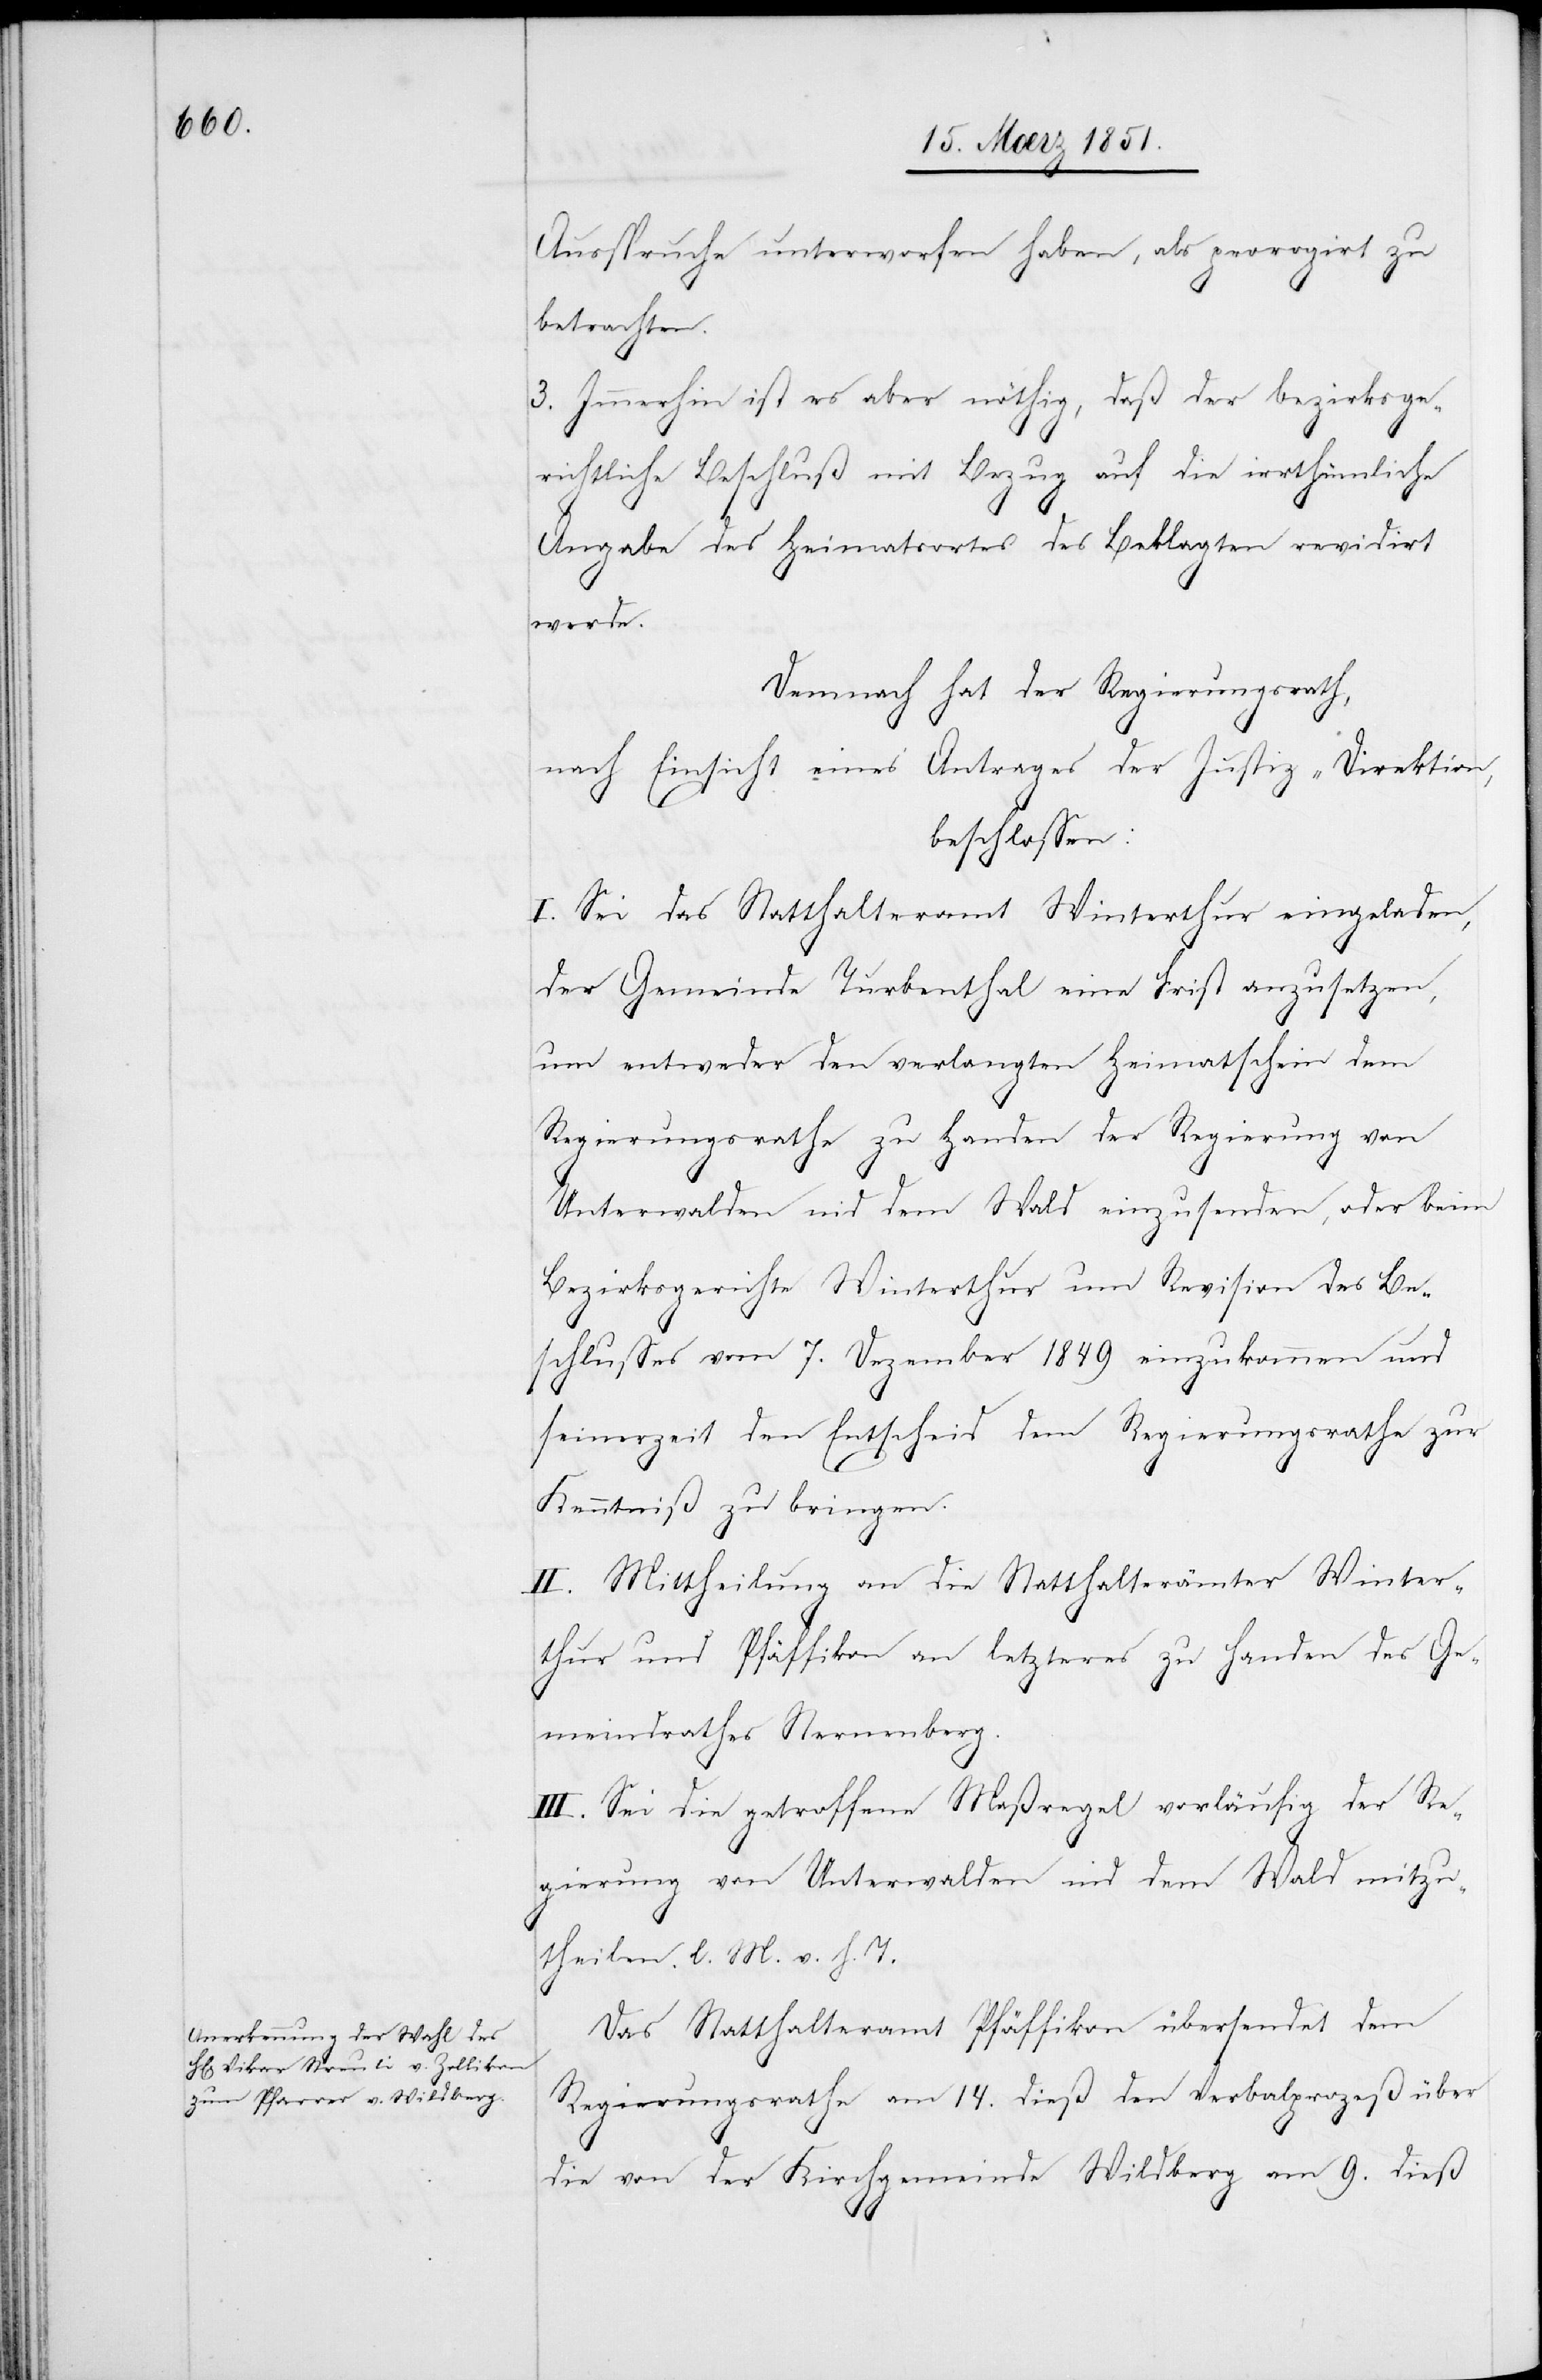
Ausspruche unterworfen haben, als prorogirt zu
betrachten.
3. Immerhin ist es aber nöthig, daß der bezirksge¬
richtliche Beschluß mit Bezug auf die irrthümliche
Angabe des Heimatsortes des Beklagten revidirt
werde.
Demnach hat der Regierungsrath,
nach Einsicht eines Antrages der Justiz-Direktion,
beschlossen:
I. Sei das Statthalteramt Winterthur eingeladen,
der Gemeinde Turbenthal eine Frist anzusetzen,
um entweder den verlangten Heimatschein dem
Regierungsrathe zu Handen der Regierung von
Unterwalden nid dem Wald einzusenden, oder beim
Bezirksgerichte Winterthur um Revision des Be¬
schlusses vom 7. Dezember 1849 einzukommen und
seinerzeit den Entscheid dem Regierungsrathe zur
Kenntniß zu bringen.
II. Mittheilung an die Statthalterämter Winter¬
thur und Pfäffikon an letzteres zu Handen des Ge¬
meindrathes Sternenberg.
III. Sei die getroffene Maßregel vorläufig der Re¬
gierung von Unterwalden nid dem Wald mitzu¬
theilen. l. M. v. h. T.
Das Statthalteramt Pfäffikon übersendet dem
Regierungsrathe am 14. dieß den Verbalprozeß über
die von der Kirchgemeinde Wildberg am 9. dieß